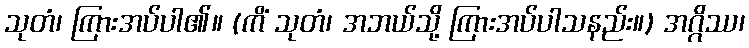
သုတံ၊ ကြားအပ်ပါ၏။ (ကိံ သုတံ၊ အဘယ်သို့ ကြားအပ်ပါသနည်း။) အဂ္ဂိဿ၊